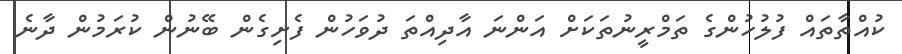
ކުއްތާތައް ފުލުހުންގެ ތަމްރީނުތަކަށް އަންނަ އާދިއްތަ ދުވަހުން ފެށިގެން ބޭނުން ކުރަމުން ދާނެ